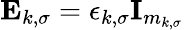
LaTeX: \mathbf{E}_{k,\sigma}=\epsilon_{k,\sigma}\textbf{I}_{m_{k,\sigma}}